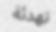
تھدئة